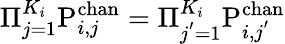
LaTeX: \Pi_{j=1}^{K_{i}}\mathrm{P}_{i,j}^{\mathrm{chan}}=\Pi_{j^{'}=1}^{K_{i}}\mathrm{P}_{i,j^{'}}^{\mathrm{chan}}